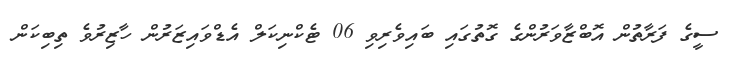
ސީގެ ފަރާތުން އޮބްޒާވަރުންގެ ގޮތުގައި ބައިވެރިވި 06 ޓެކްނިކަލް އެޑްވައިޒަރުން ހާޒިރުވެ ތިބިކަން